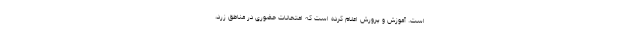
است. آموزش و پرورش اعلام کرده است که امتحانات حضوری در مناطق زرد،